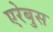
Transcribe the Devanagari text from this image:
एरेबुस